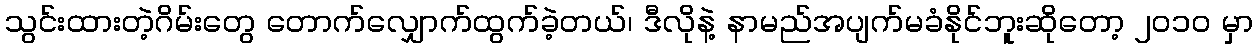
သွင်းထားတဲ့ဂိမ်းတွေ တောက်လျှောက်ထွက်ခဲ့တယ်၊ ဒီလိုနဲ့ နာမည်အပျက်မခံနိုင်ဘူးဆိုတော့ ၂၀၁၀ မှာ